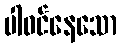
ပါဝင်နေသော